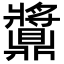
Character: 䵼